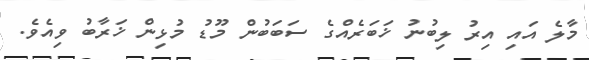
މާލެ އައި އިރު ލިބުނު ޚަބަރެއްގެ ސަބަބުން މޫޑު މުޅިން ޚަރާބު ވިއެވެ.